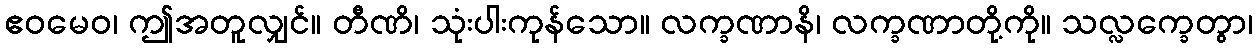
ဧဝမေဝ၊ ဤအတူလျှင်။ တီဏိ၊ သုံးပါးကုန်သော။ လက္ခဏာနိ၊ လက္ခဏာတို့ကို။ သလ္လက္ခေတွာ၊